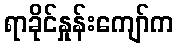
ရာခိုင်နှုန်းကျော်က